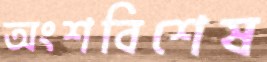
অংশবিশেষ